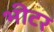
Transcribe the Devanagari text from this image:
भीटर